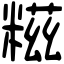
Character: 糍